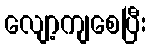
လျော့ကျစေပြီး